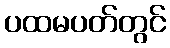
ပထမပတ်တွင်